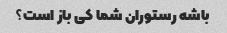
باشه رستوران شما کی باز است؟